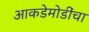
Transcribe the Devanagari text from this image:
आकडेमोडींचा